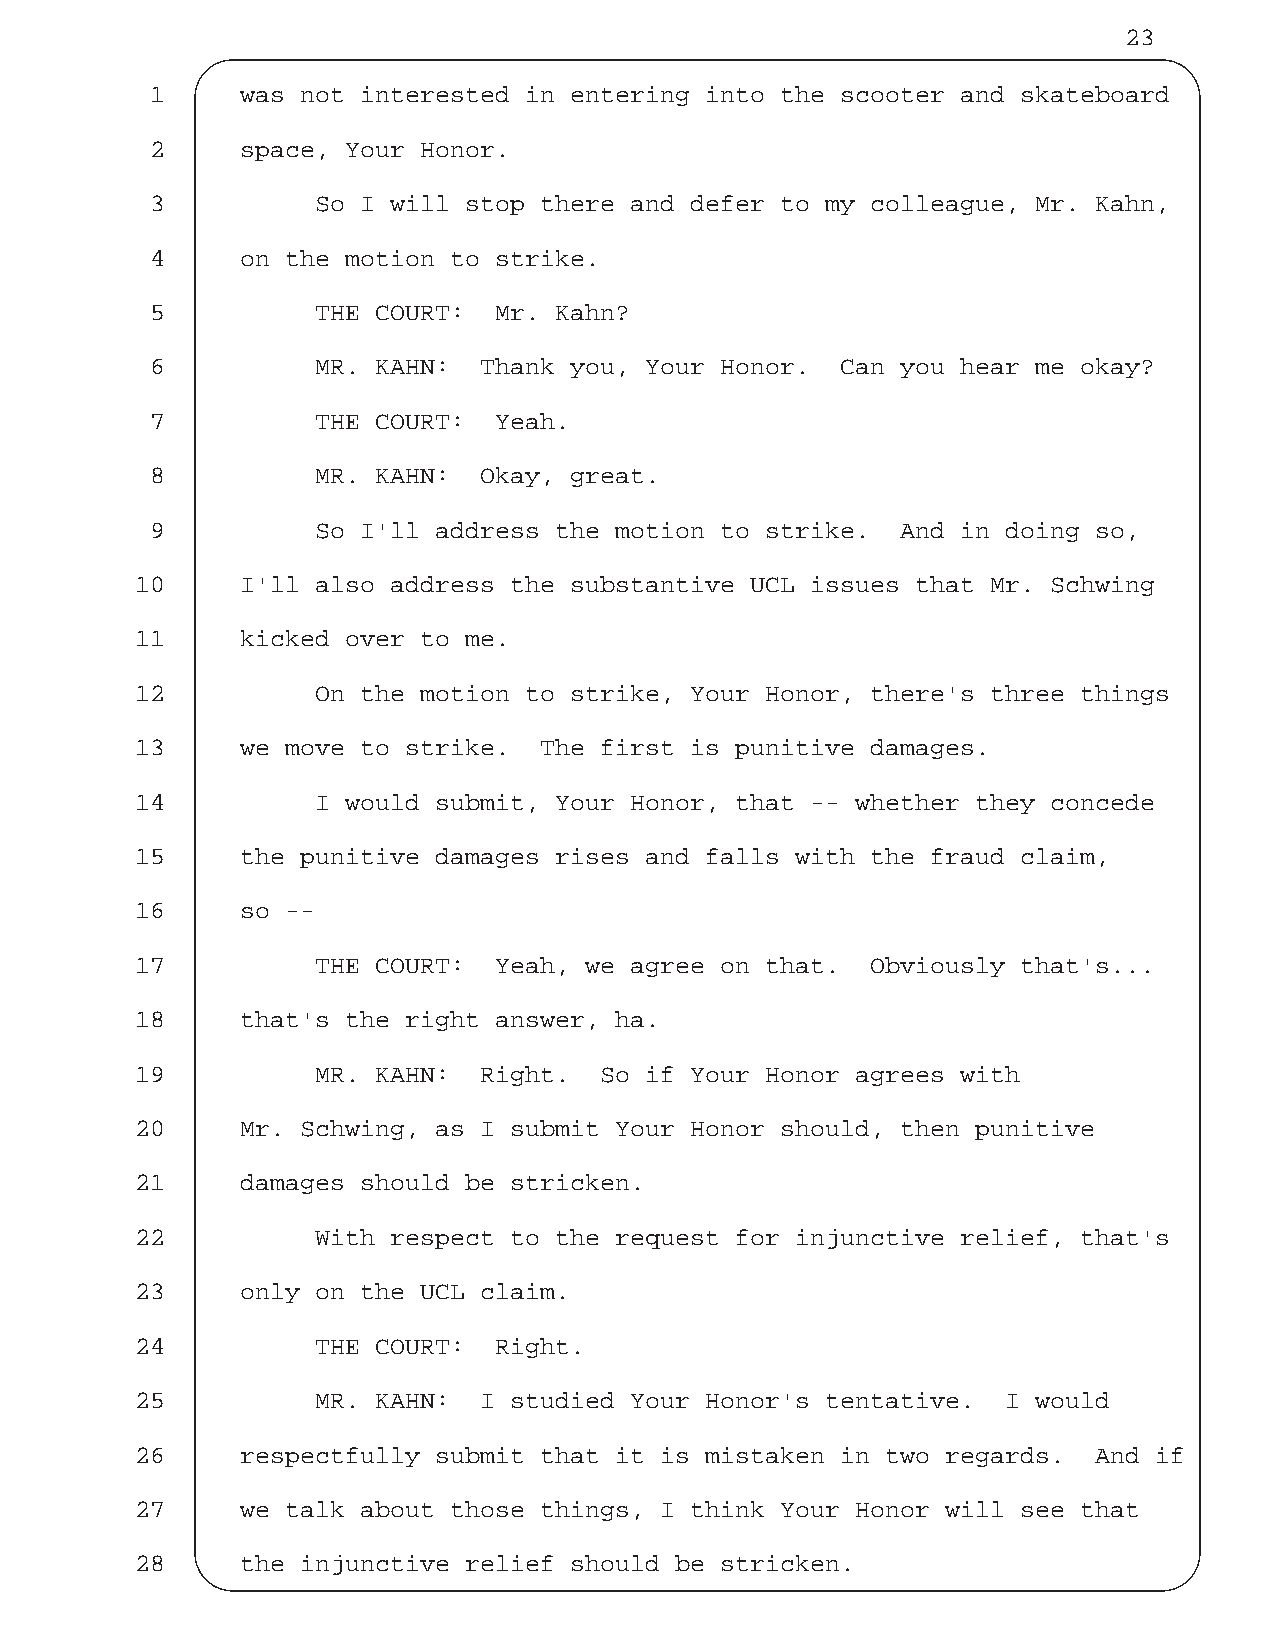
23
 1     was not interested in entering into the scooter and skateboard
 2     space, Your Honor.
 3          So I will stop there and defer to my colleague, Mr. Kahn,
 4     on the motion to strike.
 5          THE COURT:  Mr. Kahn?
 6          MR. KAHN:  Thank you, Your Honor.  Can you hear me okay?
 7          THE COURT:  Yeah.
 8          MR. KAHN:  Okay, great.
 9          So I'll address the motion to strike.  And in doing so,
 10     I'll also address the substantive UCL issues that Mr. Schwing
 11     kicked over to me.
 12          On the motion to strike, Your Honor, there's three things
 13     we move to strike.  The first is punitive damages.
 14          I would submit, Your Honor, that -- whether they concede
 15     the punitive damages rises and falls with the fraud claim,
 16     so --
 17          THE COURT:  Yeah, we agree on that.  Obviously that's...
 18     that's the right answer, ha.
 19          MR. KAHN:  Right.  So if Your Honor agrees with
 20     Mr. Schwing, as I submit Your Honor should, then punitive
 21     damages should be stricken.
 22          With respect to the request for injunctive relief, that's
 23     only on the UCL claim.
 24          THE COURT:  Right.
 25          MR. KAHN:  I studied Your Honor's tentative.  I would
 26     respectfully submit that it is mistaken in two regards. And if
 27     we talk about those things, I think Your Honor will see that
 28     the injunctive relief should be stricken.